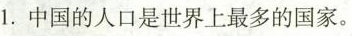
1.中国的人口是世界上最多的国家。